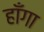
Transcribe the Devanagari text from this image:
हाँगा